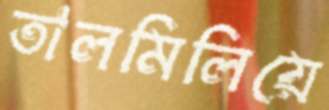
তালমিলিয়ে